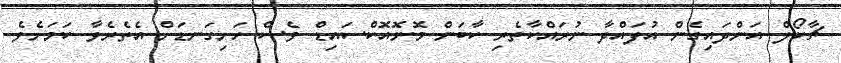
ޗާކޯލް އަންދައިގެން އުފައްދާ ނުރައްކާތެރި ކާބަން މޮނޮއޮކްސައިޑް ވެސް ހަށިގަނޑަށް އެތެރެވާ ކަމަށެވެ.